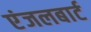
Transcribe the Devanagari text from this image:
एंजलबार्ट